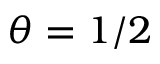
\theta = 1 / 2